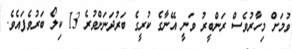
ވުމަށް މިހާރުވެސް ރަންބީރު ވަނީ އޭނާގެ ކުރީގެ ބަރުދަނަށްވުރެ 13 ކިލޯ ބަރުވެފައެވެ.